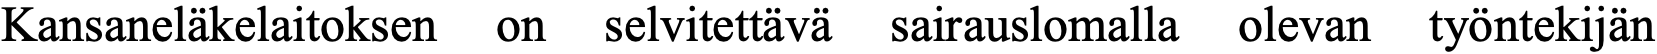
Kansaneläkelaitoksen on selvitettävä sairauslomalla olevan työntekijän